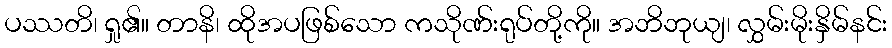
ပဿတိ၊ ရှု၏။ တာနိ၊ ထိုအပဖြစ်သော ကသိုဏ်းရုပ်တို့ကို။ အဘိဘုယျ၊ လွှမ်းမိုးနှိမ်နင်း